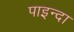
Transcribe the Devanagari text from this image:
पाइन्दा